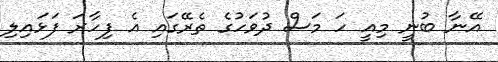
އޭނާ ބުނީ މިއީ ހަ މަސް ދުވަހުގެ ތެރޭގައި އެ ފިހާރަ ފަޅައިލި